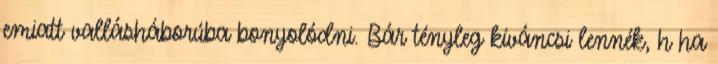
emiatt vallásháborúba bonyolódni. Bár tényleg kíváncsi lennék, h ha